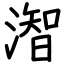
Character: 潪